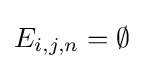
E_{i,j,n}=\emptyset